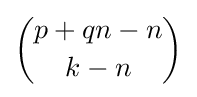
{\binom {p+qn-n}{k-n}}